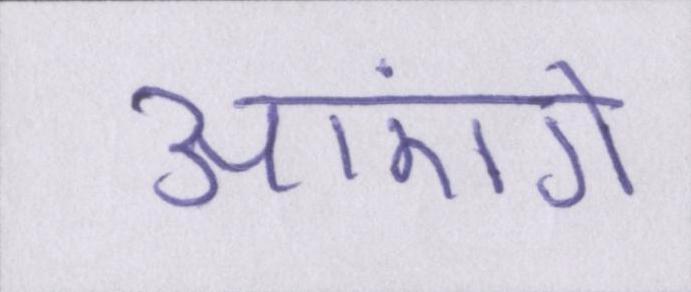
आएंगे